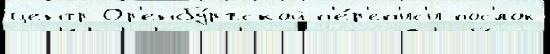
центр Ор'енбу́ргской п'е́р'еп'ис'и пос'́лок